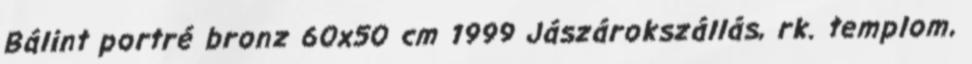
Bálint portré bronz 60x50 cm 1999 Jászárokszállás, rk. templom,